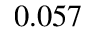
0 . 0 5 7